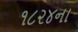
૧૮૨૪ના